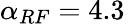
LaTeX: \alpha_{RF}=4.3\: